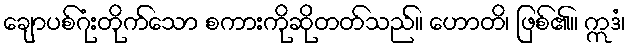
ချောပစ်ဂုံးတိုက်သော စကားကိုဆိုတတ်သည်။ ဟောတိ၊ ဖြစ်၏။ ဣဒံ၊